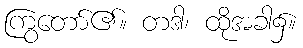
ကြွတော်၏။ တဒါ၊ ထိုအခါ၌။